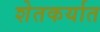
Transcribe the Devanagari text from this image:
शेतकर्यात